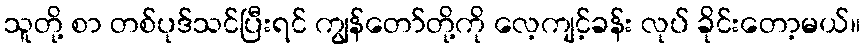
သူတို့ စာ တစ်ပုဒ်သင်ပြီးရင် ကျွန်တော်တို့ကို လေ့ကျင့်ခန်း လုပ် ခိုင်းတော့မယ်။